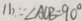
( 1 ) \because \angle A C B = 9 0 ^ { \circ }